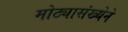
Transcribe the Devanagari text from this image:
मोठ्यासंख्येने